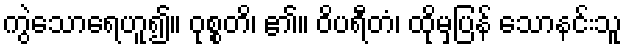
ကွဲသောရေဟူ၍။ ဝုစ္စတိ၊ ၏။ ဝိပရီတံ၊ ထိုမှပြန် သောနင်းသူ